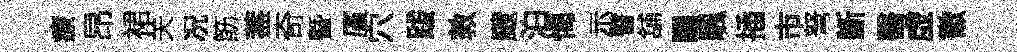
療昂裙关况筯葢奇曁厪穴跋敦颼泊愒示瞽舖闉颿插市弩㫁醫虚徽